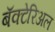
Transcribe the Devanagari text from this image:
बॅक्टेरिअल